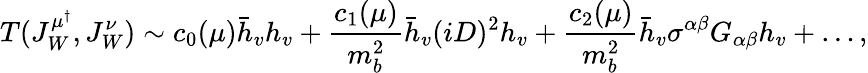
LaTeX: T(J_{W}^{\mu^{\dagger}},J_{W}^{\nu})\sim c_{0}(\mu)\bar{h}_{v}h_{v}+{\frac{c_{1}(\mu)}{m_{b}^{2}}}\bar{h}_{v}(iD)^{2}h_{v}+{\frac{c_{2}(\mu)}{m_{b}^{2}}}\bar{h}_{v}\sigma^{\alpha\beta}G_{\alpha\beta}h_{v}+\dots,